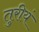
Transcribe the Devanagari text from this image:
तुरीयं